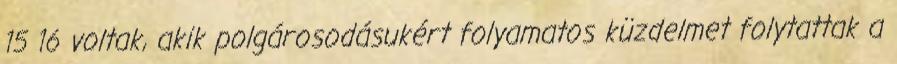
15 16 voltak, akik polgárosodásukért folyamatos küzdelmet folytattak a